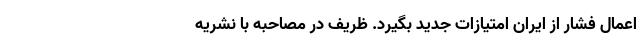
اعمال فشار از ایران امتیازات جدید بگیرد. ظریف در مصاحبه با نشریه